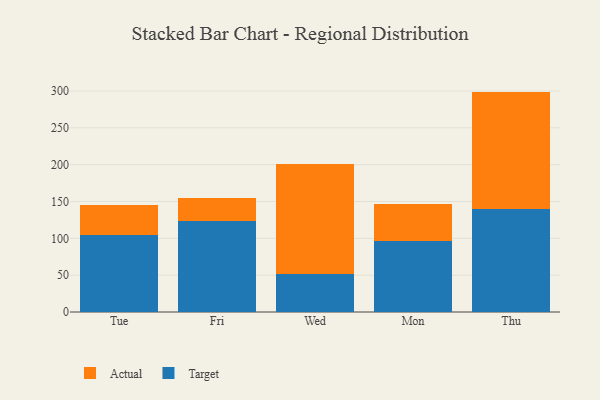
{"axis": {"x": "Day", "y": "Backlog"}, "legend": ["Actual", "Target"], "data": [{"x": "Tue", "y": 104.2, "type": "Target"}, {"x": "Tue", "y": 41.2, "type": "Actual"}, {"x": "Fri", "y": 124.0, "type": "Target"}, {"x": "Fri", "y": 30.7, "type": "Actual"}, {"x": "Wed", "y": 51.2, "type": "Target"}, {"x": "Wed", "y": 149.9, "type": "Actual"}, {"x": "Mon", "y": 96.1, "type": "Target"}, {"x": "Mon", "y": 49.9, "type": "Actual"}, {"x": "Thu", "y": 139.6, "type": "Target"}, {"x": "Thu", "y": 159.6, "type": "Actual"}]}